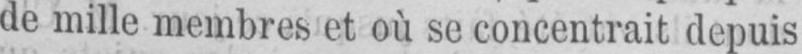
de mille membres et où se concentrait depuis